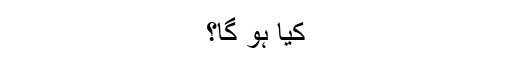
کیا ہو گا؟